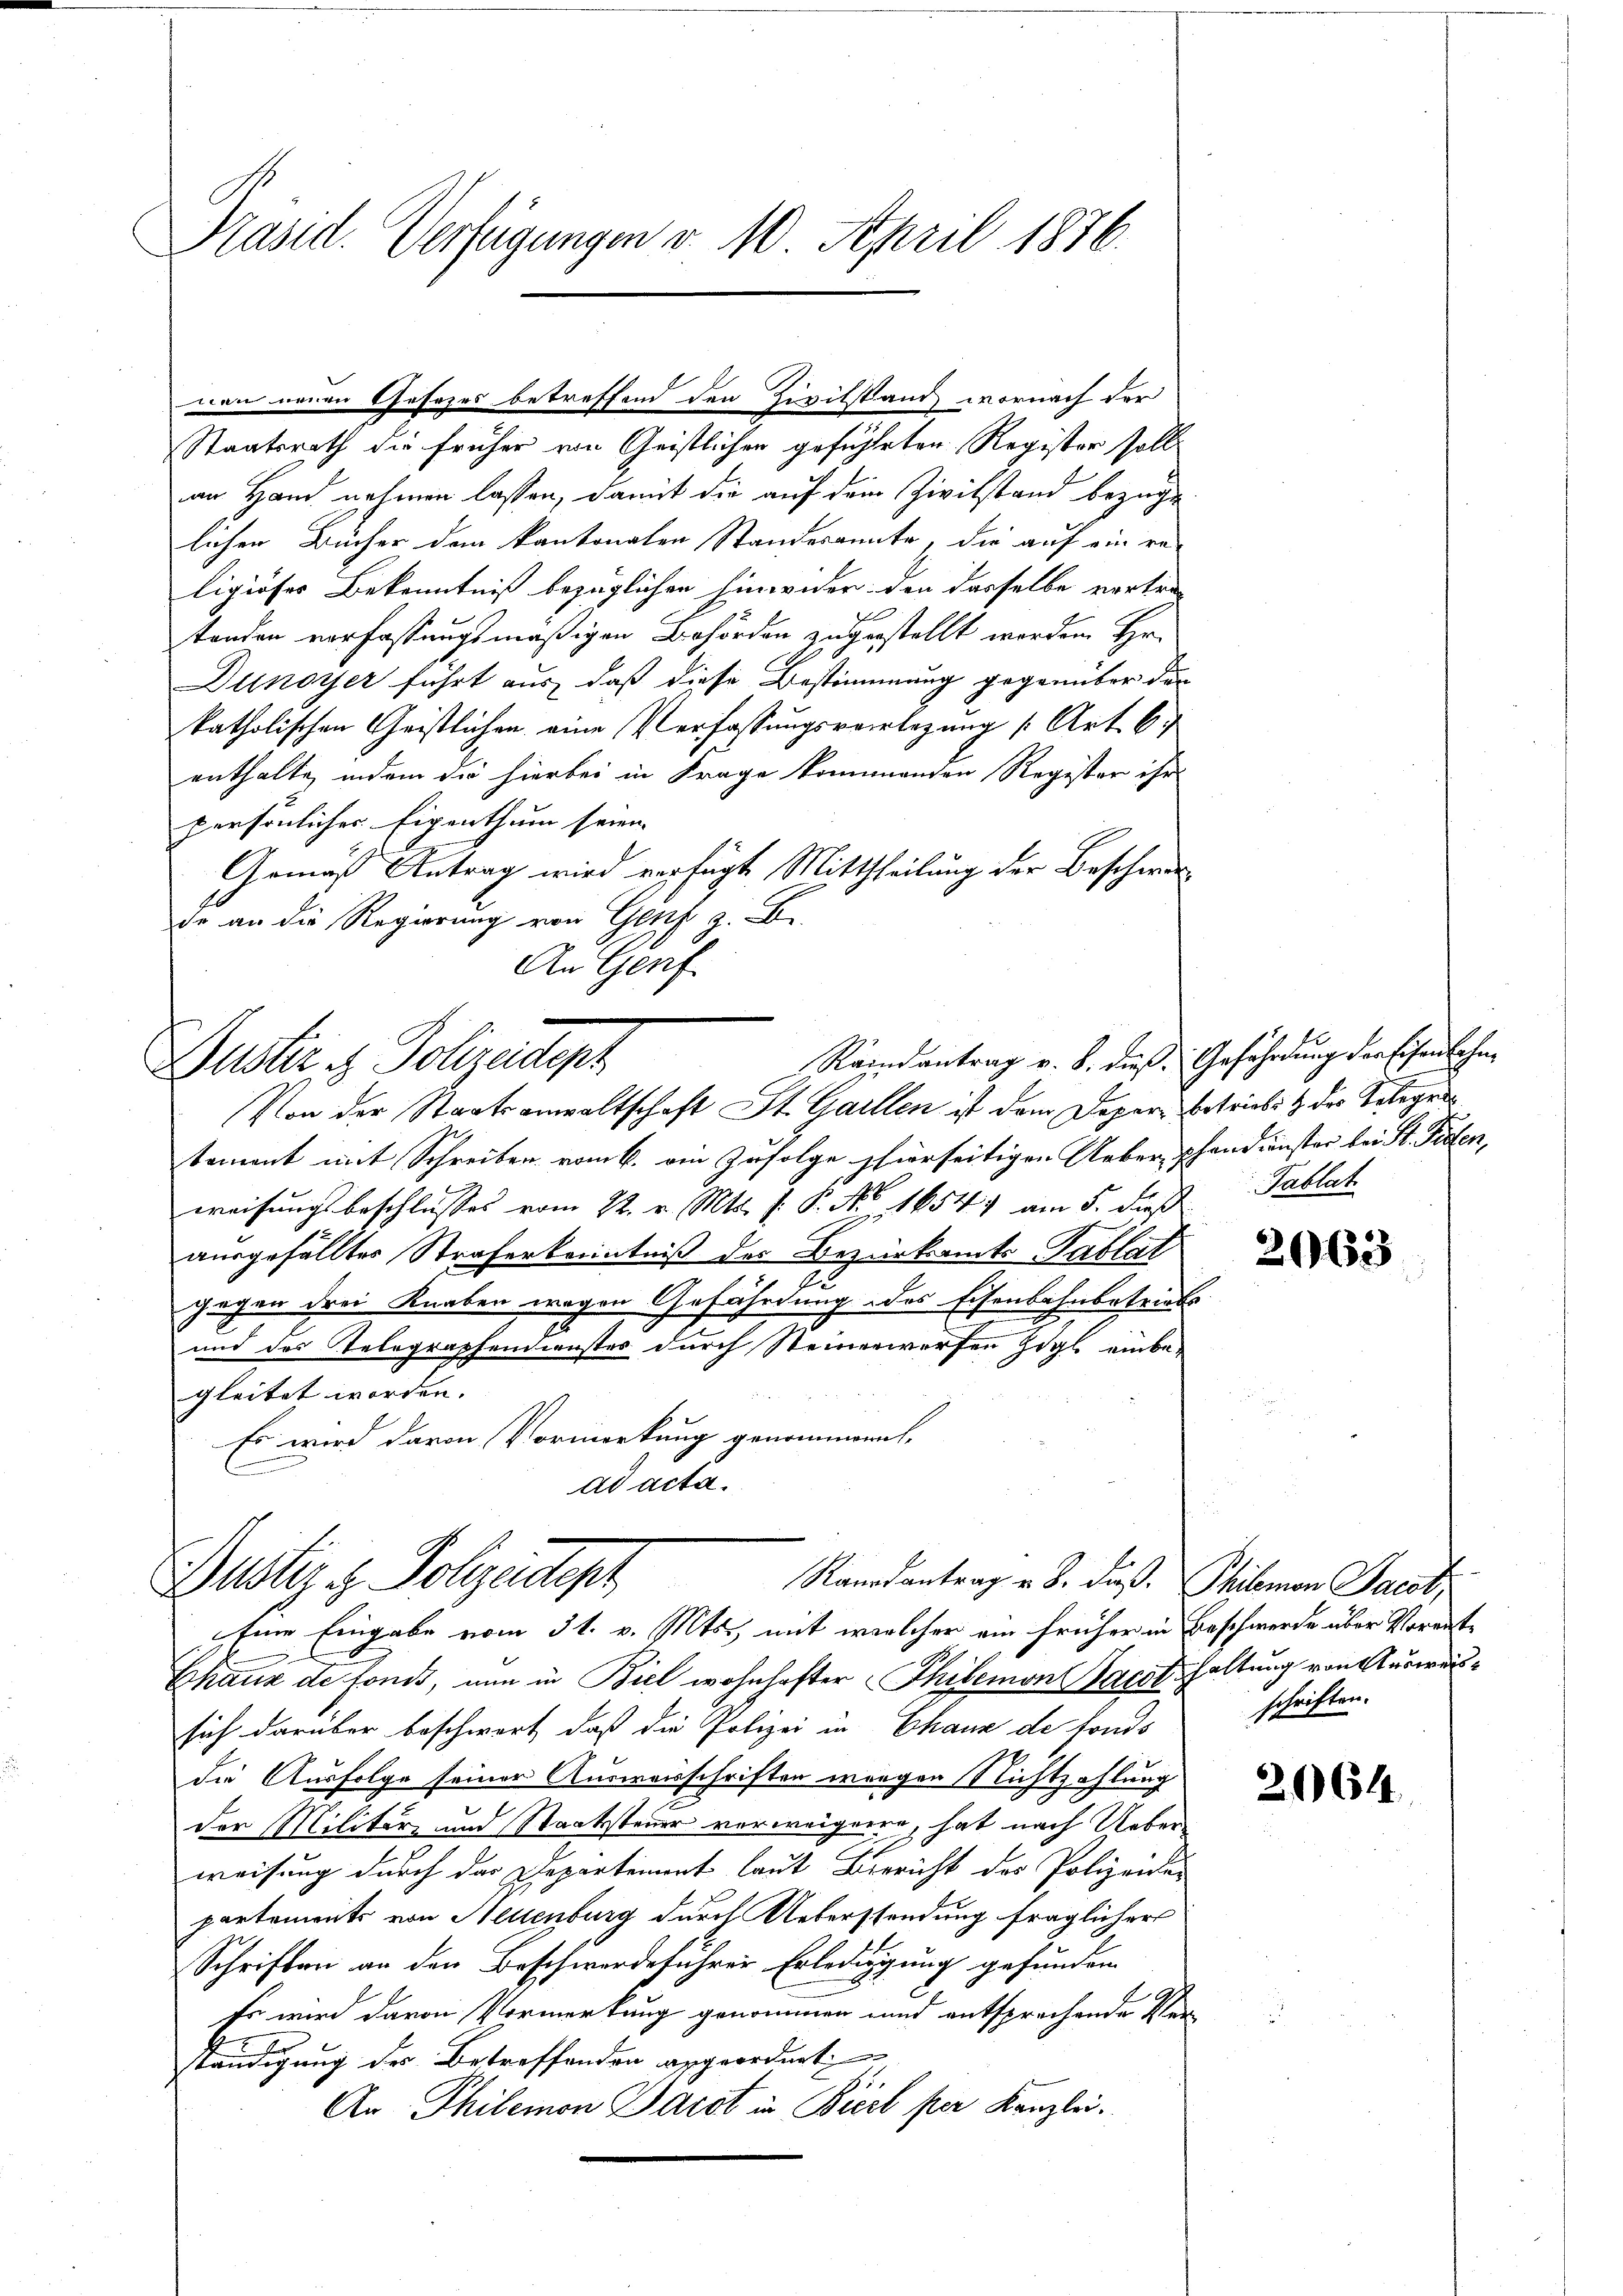
Präsid. Verfügungen v. 10. April 1876.

von neuen Gesezes betreffend den Zivilstand wornach der

Randantrag v. B. dieß Gefährdung der Eisenbahnuster u. Polizeitigt
Von der Staatsanwaltschaft St. Gallen ist dem Depar Betriebst der Telege

Staatsrath die früher von Geistlichen geführten Register soll
an Hand nehmen lassen, damit die auf dem Zivilstand bezüge
lichen Bücher dem kantonalen Standesamte, die auf ein religiöses Bekenntniß bezüglichen hinwider den dasselbe vertre
tanden verfassungsmäßigen Behörden zugestellt werden Hr.
lnoyer führt aus, daß diese Bestimmung gegenüber der
katholischen Geistlichen eine Verfassungsverlegung [Art. 6
enthalte, indem die hierbei in Frage kommenden Register ihr
persönlicher Eigenthum seien |
Gemäß Antrag wird verfügt Mittheilung der Beschwerde an die Regierung von Genf z. B.
An Genf

Bustiz & Polizeidtept
Randantrag v. B. daß. Philomon Jacot,
Eine Eingabe vom 31. v. Mts., mit welcher ein früher in Beschwerde über Vormit¬

temont mit Schreiben vom 6. ein zufolge hierseitigen Ueber, Phandienster bei St. Peten,
weisungsbeschlusses vom 22. v. Mts. f. P. No 1654) am 5. dieß
ausgefälltes Straferkenntniß der Bezirksamts Tablat
x
Gegen drei Knaben wegen Gefährdung des Eisenbahnbetriebe
und das Telegraphendienster durch Steinerwerfen Zögl einbe-
gleitet worden.
Es wird davon Vormerkung genommen,
E
ad acta.

Pablat

Chaux de fonds, nun in Biel wohnhafter Thibemon Jacot haltung von Auswärsich darüber beschwert, daß die Polizei in Chaux de fonds
die Ausfolge seiner Ausweisschriften wegen Nichtzahlung
der Militär- und Staatssteuer verweigene, hat nach Ueberweisung durch der Departement laut Bericht des Polizeiden
partements von Neuenburg durch Ueberstendung fraglicher
Schriften an den Beschwerdeführer Erledigung gefunden
Er wird davon Vormerkung genommen und entsprechende Ver¬
.
x
ständigung des Betreffenden angeordnet
An Philemon Darst in Brest per Kanzlei.

2063

schriften.

2064